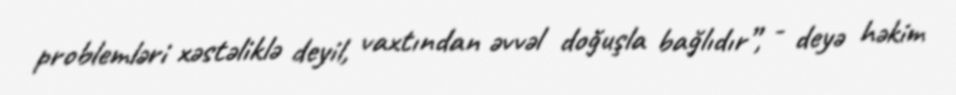
problemləri xəstəliklə deyil, vaxtından əvvəl doğuşla bağlıdır”, - deyə həkim